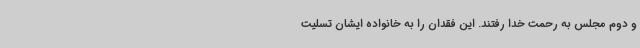
و دوم مجلس به رحمت خدا رفتند. این فقدان را به خانواده ایشان تسلیت